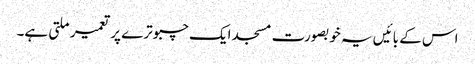
اس کے بائیں یہ خوبصورت مسجد ایک چبوترے پر تعمیر ملتی ہے۔